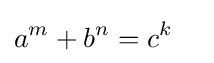
a^{m}+b^{n}=c^{k}\quad